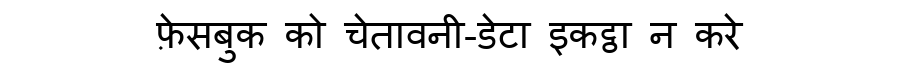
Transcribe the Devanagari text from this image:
फ़ेसबुक को चेतावनी-डेटा इकट्ठा न करे